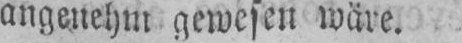
angenehm gewesen wäre.